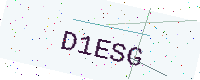
Text: D1ESG